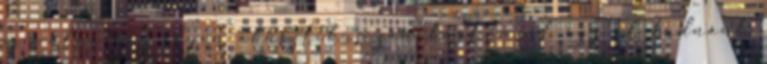
csinálni egy ilyen akusztikus zenekart, mert így el tudnánk